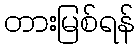
တားမြစ်ရန်